Civil Veterinary Department Bengal reports 1923-33 - 1923-1933
Year: 1923
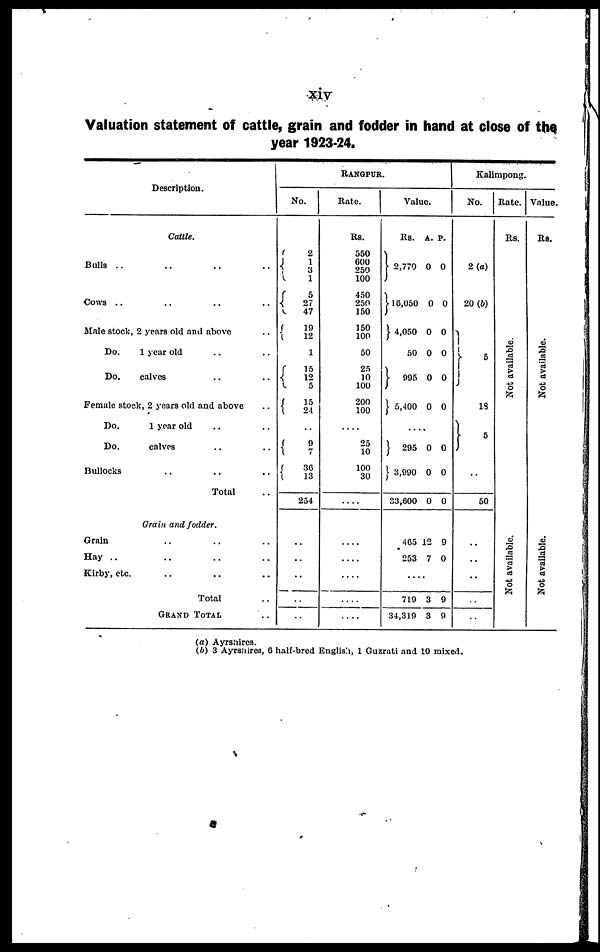
xiv
Valuation statement of cattle, grain and fodder in hand at close of the
year 1923-24.
Description.
Cattle.
Bulls .. .. .. ..
Cows .. .. .. ..
Male stock, 2 years old and above .. ..
Do.
1 year old .. ..
Do.
calves .. ..
Female stock, 2 years old and above
Do.
1 year old .. .. ..
Do.
calves .. .. ..
Bullocks .. .. ..
Total .. ..
Grain and fodder.
Grain .. .. .. ..
Hay .. .. .. ..
Kirby, etc. .. .. .. ..
Total
GRAND TOTAL .. ..
RANGPUR.
No.
2
1
3 1
5
27
47
19
12
1
15
12
5
15
24
..
9
7
30
13
254
..
..
..
..
Rate.
Rs.
550
600
250
100
450
250
150
150
100
50
25
10
100
200
100
....
25
10
100
30
....
....
....
....
....
Value.
Rs.
2,770
16,050
4,050
50
095
1 5,400
....
295
3,900
33,600
405
253
....
719
34,310
A.
0
0
0
0
0
0
0
0
0
12
7
3
3
P.
0
0
0
0
0
0
0
0
0
9
0
9
0
Kalimpong.
No.
2(a)
20 (b)
5
19
5
..
50
..
..
..
..
..
Rate.
Rs.
Not available.
Not available.
Value.
Rs.
Not available.
Not available.
(a) Ayrshires.
(b) 3 Ayrshires, 6 half-bred English, 1 Guzrati and 10 mixed.